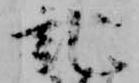
記